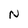
Character: N